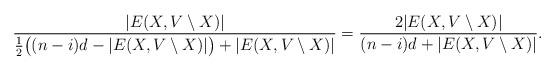
LaTeX: \begin{align*}\frac{|E(X,V\setminus X)|}{\frac{1}{2} \big((n-i)d - |E(X,V\setminus X)|\big) + |E(X,V\setminus X)|} = \frac{2|E(X,V\setminus X)|}{(n-i)d + |E(X,V\setminus X)|}. \end{align*}